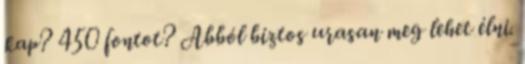
kap? 450 fontot? Abból biztos urasan meg lehet élni.